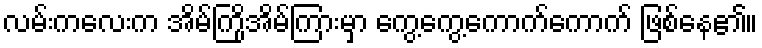
လမ်းကလေးက အိမ်ကြိုအိမ်ကြားမှာ ကွေ့ကွေ့ကောက်ကောက် ဖြစ်နေ၏။